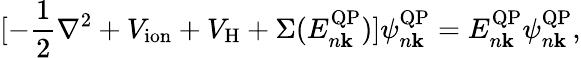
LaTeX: [-\frac{1}{2}\nabla^{2}+V_{\mathrm{ion}}+V_{\mathrm{H}}+\Sigma(E_{n\mathbf{k}}^{\mathrm{QP}})]\psi_{n\mathbf{k}}^{\mathrm{QP}}=E_{n\mathbf{k}}^{\mathrm{QP}}\psi_{n\mathbf{k}}^{\mathrm{QP}},